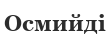
Осмийді